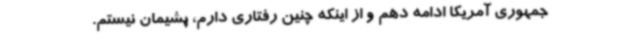
جمهوری آمریکا ادامه دهم و از اینکه چنین رفتاری دارم، پشیمان نیستم.